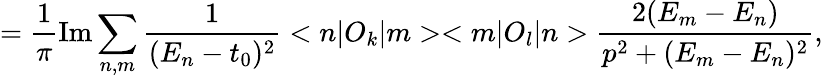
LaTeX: =\frac{1}{\pi}\mathrm{Im}\sum_{n,m}\frac{1}{(E_{n}-t_{0})^{2}}<n|O_{k}|m><m|O_{l}|n>\frac{2(E_{m}-E_{n})}{p^{2}+(E_{m}-E_{n})^{2}},